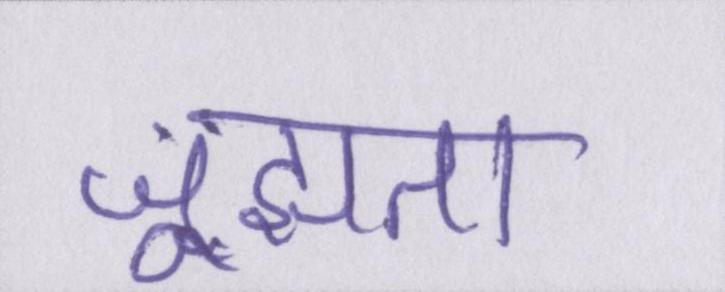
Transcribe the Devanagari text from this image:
जूझता